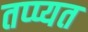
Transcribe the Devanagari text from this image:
तप्प्यत